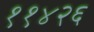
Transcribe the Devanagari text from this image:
११४२६